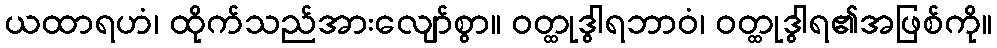
ယထာရဟံ၊ ထိုက်သည်အားလျော်စွာ။ ဝတ္ထုဒွါရဘာဝံ၊ ဝတ္ထုဒွါရ၏အဖြစ်ကို။